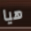
هيا